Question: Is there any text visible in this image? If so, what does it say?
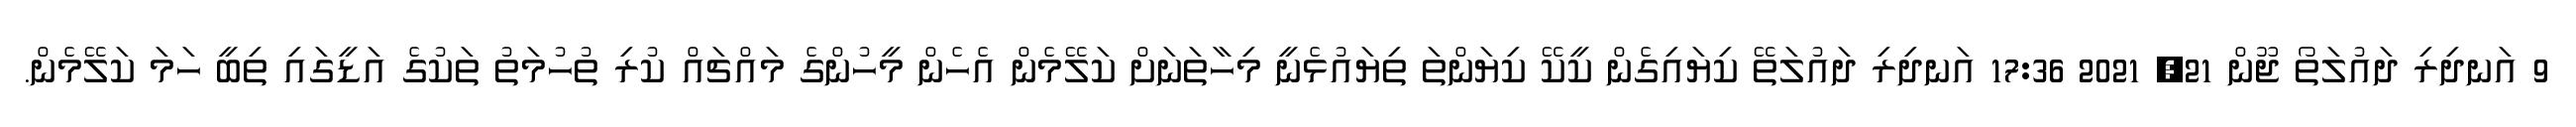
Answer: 9 އަނދިރި ދައުލަތޯ ޖޫން 21, 2021 17:36 އަނދިރި ދައުލަތޭ ކިޔައިގެން ކީކޭ ކިޔަންތަ ތިޔައުޅެނީ މިހާތަނަށް ކަލޭމެން އެހެން މީހުންގެ މައްޗައް ކުރި ތުހުމަތު ތަކުގެ އަޑީގައި ތިބީ ހަމަ ކަލޭމެން.